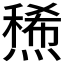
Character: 𤏤